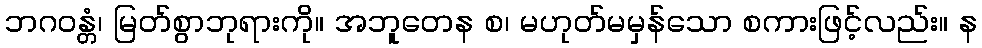
ဘဂဝန္တံ၊ မြတ်စွာဘုရားကို။ အဘူတေန စ၊ မဟုတ်မမှန်သော စကားဖြင့်လည်း။ န